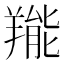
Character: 𦎵